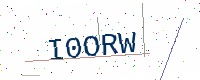
Text: I0ORW